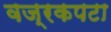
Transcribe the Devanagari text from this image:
वज्रकपटा